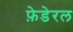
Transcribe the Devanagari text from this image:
फ़ेडेरल